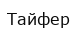
Тайфер